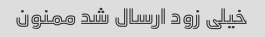
خیلی زود ارسال شد ممنون